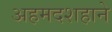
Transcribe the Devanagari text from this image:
अहमदशहाने